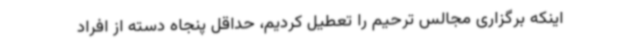
اینکه برگزاری مجالس ترحیم را تعطیل کردیم، حداقل پنجاه دسته از افراد